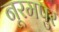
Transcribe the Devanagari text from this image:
नूरमपुर